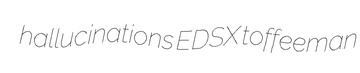
hallucinations EDSX toffeeman